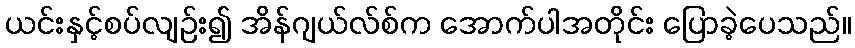
ယင်းနှင့်စပ်လျဉ်း၍ အိန်ဂျယ်လ်စ်က အောက်ပါအတိုင်း ပြောခဲ့ပေသည်။